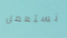
نستعمل